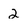
Character: 2